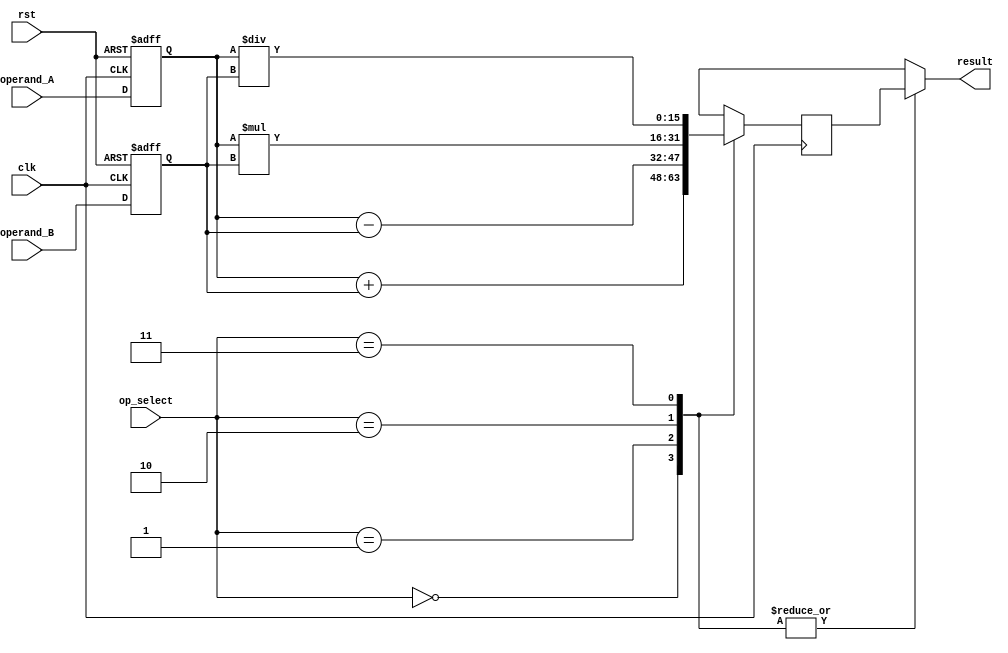
module HalfPrecisionFloatingPointUnit(
    input clk, // clock input
    input rst, // reset input
    input [15:0] operand_A, // input operand A in half precision float format
    input [15:0] operand_B, // input operand B in half precision float format
    input [1:0] op_select, // operation selection input
    output reg [15:0] result // output result in half precision float format
);

// Input registers
reg [15:0] input_A_reg;
reg [15:0] input_B_reg;

// Output register
reg [15:0] result_reg;

// Control unit
always @ (posedge clk or posedge rst) begin
    if (rst) begin
        input_A_reg <= 16'b0;
        input_B_reg <= 16'b0;
    end else begin
        input_A_reg <= operand_A;
        input_B_reg <= operand_B;
    end
end

// Arithmetic Logic Unit (ALU)
always @ (posedge clk) begin
    case (op_select)
        2'b00: result_reg <= input_A_reg + input_B_reg; // Addition
        2'b01: result_reg <= input_A_reg - input_B_reg; // Subtraction
        2'b10: result_reg <= input_A_reg * input_B_reg; // Multiplication
        2'b11: result_reg <= input_A_reg / input_B_reg; // Division
        default: result_reg <= 16'b0;
    endcase
end

// Multiplexer to select the output
always @ (*) begin
    case (op_select)
        2'b00, 2'b01, 2'b10, 2'b11: result = result_reg;
        default: result = 16'b0;
    endcase
end

endmodule